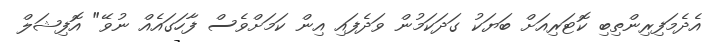
އެދެމަފިރިންތިބި ކޮޓަރިއަށް ބަޔަކު ގަދަކަމުން ވަދެފައި އިން ކަމަށްވެސް ފާހަގައެއް ނުވޭ" އޮފިޝަލް